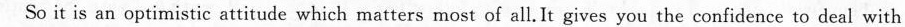
So it is an optimistic attitude which matters most of all.It gives you the confidence to deal with